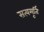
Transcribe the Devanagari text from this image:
सत्यमूर्ति